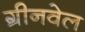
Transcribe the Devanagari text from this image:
ग्रीनवेल